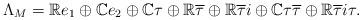
LaTeX: \begin{align*}\Lambda_M= \mathbb{R} e_1\oplus \mathbb{C} e_2\oplus \mathbb{C} \tau \oplus \mathbb{R} \overline \tau \oplus \mathbb{R} \overline \tau i \oplus \mathbb{C} \tau \overline \tau \oplus \mathbb{R} \overline \tau i \tau.\end{align*}